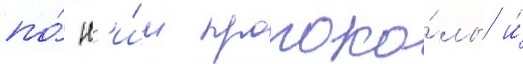
по́ н'и́м протоко́лы и́